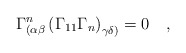
\begin{align*}\Gamma _{(\alpha \beta }^n\left( \Gamma _{11}\Gamma _n\right)_{\gamma \delta )}=0\quad ,\end{align*}